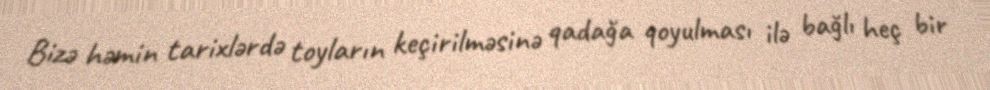
Bizə həmin tarixlərdə toyların keçirilməsinə qadağa qoyulması ilə bağlı heç bir